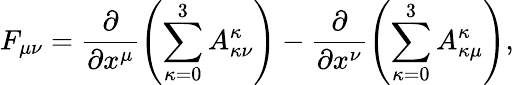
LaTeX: F_{\mu\nu}=\frac{\partial}{\partial x^{\mu}}\left(\sum_{\kappa=0}^{3}A_{\kappa\nu}^{\kappa}\right)-\frac{\partial}{\partial x^{\nu}}\left(\sum_{\kappa=0}^{3}A_{\kappa\mu}^{\kappa}\right),